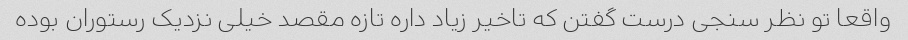
واقعا تو نظر سنجی درست گفتن که تاخیر زیاد داره تازه مقصد خیلی نزدیک رستوران بوده